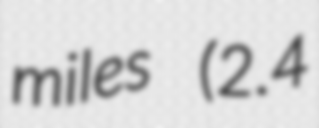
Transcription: miles (2.4